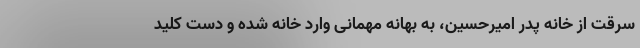
سرقت از خانه پدر امیرحسین، به بهانه مهمانی وارد خانه شده و دست کلید